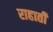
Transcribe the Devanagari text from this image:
राहाती